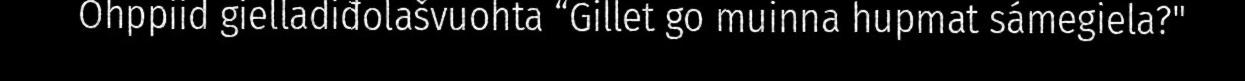
Ohppiid gielladiđolašvuohta “Gillet go muinna hupmat sámegiela?"